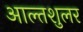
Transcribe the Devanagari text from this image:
आल्तशुलर